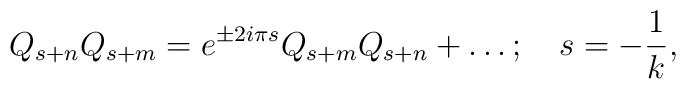
Q_{s+n}Q_{s+m}=e^{\pm 2i{\pi} s}Q_{s+m}Q_{s+n}+ \ldots;\quad  s= {-{1\over k}},